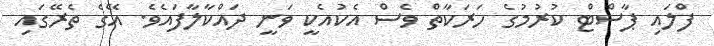
ފްލައި ޕާސްޓް ކުރުމުގެ ހަރަކާތް ވެސް އެކުއެކީ ވަނީ ދައްކާލާފައެވެ. އޭގެ ތެރޭގައި